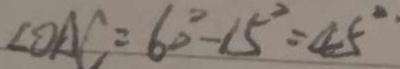
\angle O A C = 6 0 ^ { \circ } - 1 5 ^ { \circ } = 4 5 ^ { \circ }